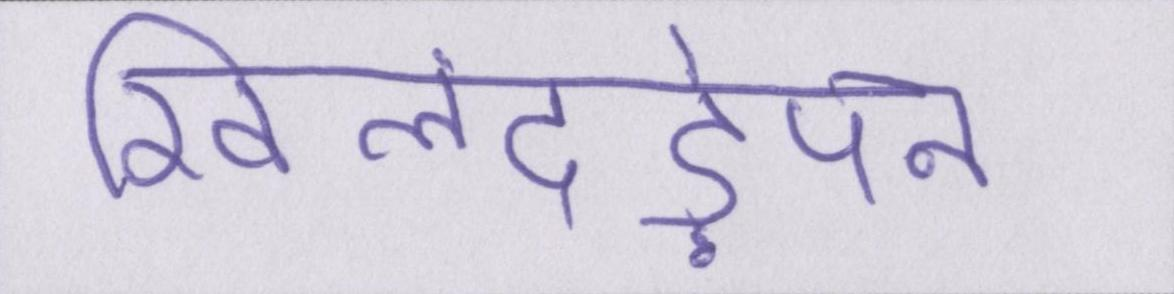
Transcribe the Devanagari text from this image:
खिलंदड़ेपन